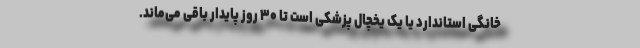
خانگی استاندارد یا یک یخچال پزشکی است تا ۳۰ روز پایدار باقی می‌ماند.